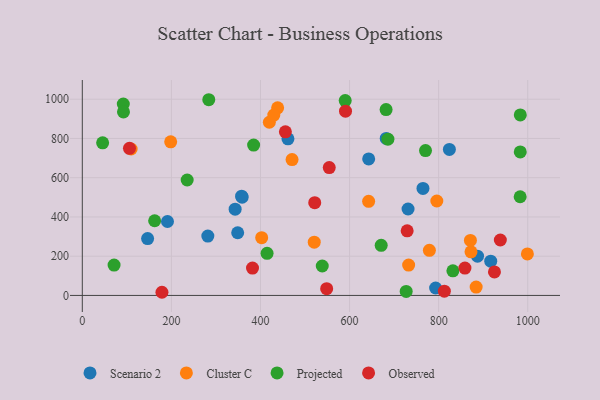
{"axis": {"x": "Engine Size", "y": "Demand"}, "legend": ["Cluster C", "Observed", "Projected", "Scenario 2"], "data": [{"x": "358.8", "y": 500.5, "type": "Scenario 2"}, {"x": "357.7", "y": 505.8, "type": "Scenario 2"}, {"x": "281.8", "y": 302.5, "type": "Scenario 2"}, {"x": "348.8", "y": 319.5, "type": "Scenario 2"}, {"x": "887.3", "y": 200.3, "type": "Scenario 2"}, {"x": "916.9", "y": 174.7, "type": "Scenario 2"}, {"x": "793.2", "y": 38.0, "type": "Scenario 2"}, {"x": "343.1", "y": 439.5, "type": "Scenario 2"}, {"x": "731.3", "y": 440.4, "type": "Scenario 2"}, {"x": "461.7", "y": 798.3, "type": "Scenario 2"}, {"x": "682.3", "y": 799.9, "type": "Scenario 2"}, {"x": "642.9", "y": 695.6, "type": "Scenario 2"}, {"x": "146.6", "y": 289.7, "type": "Scenario 2"}, {"x": "824.1", "y": 744.1, "type": "Scenario 2"}, {"x": "764.8", "y": 545.3, "type": "Scenario 2"}, {"x": "191.2", "y": 376.7, "type": "Scenario 2"}, {"x": "402.7", "y": 294.3, "type": "Cluster C"}, {"x": "795.9", "y": 481.1, "type": "Cluster C"}, {"x": "419.9", "y": 882.5, "type": "Cluster C"}, {"x": "198.4", "y": 782.6, "type": "Cluster C"}, {"x": "884.2", "y": 42.6, "type": "Cluster C"}, {"x": "438.5", "y": 956.1, "type": "Cluster C"}, {"x": "109.6", "y": 746.1, "type": "Cluster C"}, {"x": "642.8", "y": 479.6, "type": "Cluster C"}, {"x": "520.7", "y": 271.2, "type": "Cluster C"}, {"x": "872.6", "y": 222.0, "type": "Cluster C"}, {"x": "871.3", "y": 280.1, "type": "Cluster C"}, {"x": "999.2", "y": 211.7, "type": "Cluster C"}, {"x": "429.9", "y": 919.2, "type": "Cluster C"}, {"x": "470.9", "y": 692.3, "type": "Cluster C"}, {"x": "732.6", "y": 154.7, "type": "Cluster C"}, {"x": "779.2", "y": 230.1, "type": "Cluster C"}, {"x": "538.7", "y": 150.0, "type": "Projected"}, {"x": "727.1", "y": 20.2, "type": "Projected"}, {"x": "590.2", "y": 992.8, "type": "Projected"}, {"x": "682.0", "y": 947.0, "type": "Projected"}, {"x": "92.0", "y": 975.4, "type": "Projected"}, {"x": "45.6", "y": 777.9, "type": "Projected"}, {"x": "983.0", "y": 502.9, "type": "Projected"}, {"x": "71.3", "y": 154.8, "type": "Projected"}, {"x": "832.0", "y": 125.5, "type": "Projected"}, {"x": "283.9", "y": 997.3, "type": "Projected"}, {"x": "671.0", "y": 255.1, "type": "Projected"}, {"x": "414.8", "y": 214.5, "type": "Projected"}, {"x": "770.5", "y": 738.0, "type": "Projected"}, {"x": "235.4", "y": 588.2, "type": "Projected"}, {"x": "686.1", "y": 796.1, "type": "Projected"}, {"x": "92.4", "y": 935.3, "type": "Projected"}, {"x": "162.4", "y": 380.7, "type": "Projected"}, {"x": "384.6", "y": 766.2, "type": "Projected"}, {"x": "983.2", "y": 731.4, "type": "Projected"}, {"x": "983.3", "y": 919.7, "type": "Projected"}, {"x": "548.6", "y": 34.5, "type": "Observed"}, {"x": "105.9", "y": 749.7, "type": "Observed"}, {"x": "382.1", "y": 139.3, "type": "Observed"}, {"x": "812.8", "y": 21.6, "type": "Observed"}, {"x": "455.9", "y": 833.9, "type": "Observed"}, {"x": "554.4", "y": 651.7, "type": "Observed"}, {"x": "938.5", "y": 282.5, "type": "Observed"}, {"x": "521.8", "y": 472.6, "type": "Observed"}, {"x": "859.0", "y": 139.3, "type": "Observed"}, {"x": "925.3", "y": 119.9, "type": "Observed"}, {"x": "729.3", "y": 329.4, "type": "Observed"}, {"x": "590.9", "y": 938.8, "type": "Observed"}, {"x": "178.8", "y": 16.1, "type": "Observed"}]}